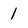
Character: 1